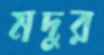
মদুর